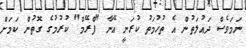
ނަމަވެސް ދައުލަތުން އެ ތުހުމަތު ކުރަނީ އޭނާ "ފްރޭމް" ކުރުމުގެ ގޮތުން ކަމަށް